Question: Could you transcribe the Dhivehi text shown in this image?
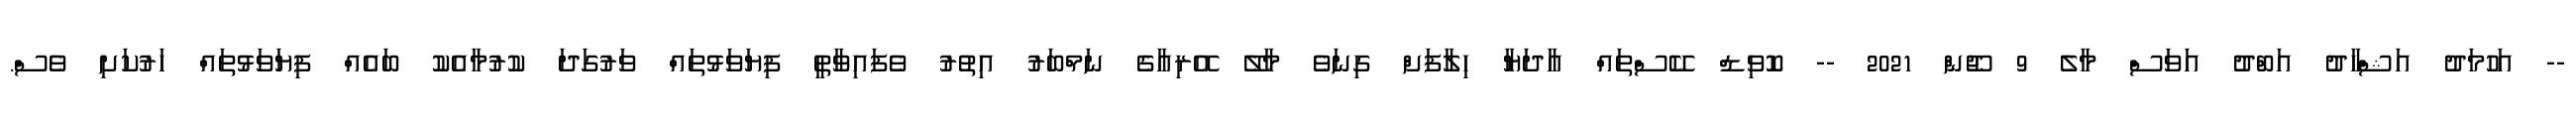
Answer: -- އަހުމަދު އަޝްހާދު އަބްދު އަވަސް މާލެ 9 ޖޫން 2021 -- ކޮވިޑް ކޭސްތައް އާދަޔާ ހިލާފަށް ގިނަވެ މާލޭ އޭރިއާގެ ނަމްބަރު އިތުރު ވެފައިވާތީ ފިޔަވަޅުތައް ވަރުގަދަ ކުރުމާއެކު ބައެއް ފިޔަވަޅުތައް ހަރުކަށި ވެސް.